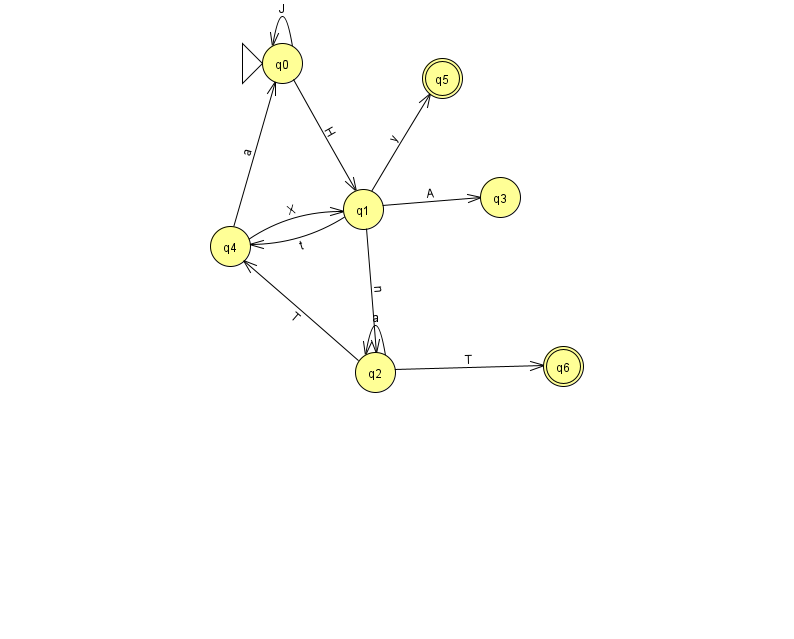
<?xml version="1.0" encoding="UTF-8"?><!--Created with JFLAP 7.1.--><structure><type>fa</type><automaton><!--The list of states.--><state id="0" name="q0"><x>282.0</x><y>50.0</y><initial/></state><state id="1" name="q1"><x>363.0</x><y>196.0</y></state><state id="2" name="q2"><x>375.0</x><y>359.0</y></state><state id="3" name="q3"><x>500.0</x><y>184.0</y></state><state id="4" name="q4"><x>230.0</x><y>233.0</y></state><state id="5" name="q5"><x>442.0</x><y>65.0</y><final/></state><state id="6" name="q6"><x>563.0</x><y>353.0</y><final/></state><!--The list of transitions.--><transition><from>1</from><to>5</to><read>y</read></transition><transition><from>2</from><to>2</to><read>a</read></transition><transition><from>4</from><to>1</to><read>X</read></transition><transition><from>2</from><to>6</to><read>T</read></transition><transition><from>0</from><to>1</to><read>H</read></transition><transition><from>4</from><to>0</to><read>a</read></transition><transition><from>0</from><to>0</to><read>J</read></transition><transition><from>1</from><to>3</to><read>A</read></transition><transition><from>1</from><to>2</to><read>n</read></transition><transition><from>1</from><to>4</to><read>t</read></transition><transition><from>2</from><to>4</to><read>T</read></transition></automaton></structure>